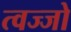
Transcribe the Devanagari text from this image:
त्वज्जो